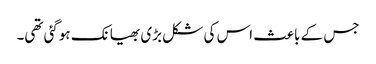
جس کے باعث اس کی شکل بڑی بھیانک ہوگئی تھی۔